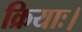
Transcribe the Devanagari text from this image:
क्रियाः।